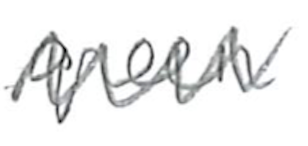
Text: green
Cross-out: zig-zag
Writing tool: pencil